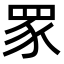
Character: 𬑔